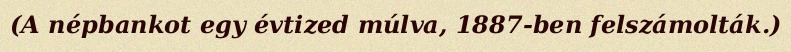
(A népbankot egy évtized múlva, 1887-ben felszámolták.)